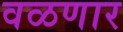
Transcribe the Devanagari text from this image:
वळणार